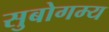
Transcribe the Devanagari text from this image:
सुबोगम्य